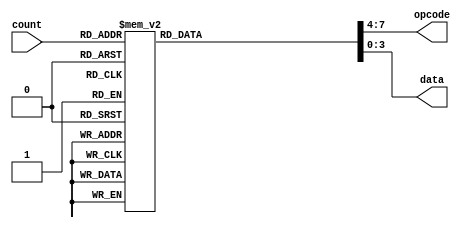
`timescale 1ns / 1ps
//////////////////////////////////////////////////////////////////////////////////
// 
// Module Name: Program_ROM
// Project Name: ECEN 160L CPU
// Tool Versions: 
// Description: A ROM containing the program in machine code for the CPU designed
//              in ECEN 160L
//
// Revision: 1.00
// Revision 1.00 - Program completed
// Revision 0.01 - File Created
//////////////////////////////////////////////////////////////////////////////////


module Program_ROM( input [6:0] count, output [3:0] opcode, data );
    
    reg [7:0] operation;
    
    assign {opcode, data} = operation;
    
    always @ (*) begin
        case (count)
              0: operation <= 8'h14;
              1: operation <= 8'h28;
              2: operation <= 8'h30;
              3: operation <= 8'h29;
              4: operation <= 8'h30;
              5: operation <= 8'h12;
              6: operation <= 8'h2c;
              7: operation <= 8'h30;
              8: operation <= 8'h20;
              9: operation <= 8'h30;
             10: operation <= 8'h14;
             11: operation <= 8'h22;
             12: operation <= 8'h30;
             13: operation <= 8'h2a;
             14: operation <= 8'h30;
             15: operation <= 8'h12;
             16: operation <= 8'h20;
             17: operation <= 8'h30;
             18: operation <= 8'h13;
             19: operation <= 8'h23;
             20: operation <= 8'h30;
             21: operation <= 8'h12;
             22: operation <= 8'h2b;
             23: operation <= 8'h30;
             24: operation <= 8'h13;
             25: operation <= 8'h24;
             26: operation <= 8'h30;
             27: operation <= 8'h2d;
             28: operation <= 8'h30;
             29: operation <= 8'h24;
             30: operation <= 8'h60;
             31: operation <= 8'h50;
             32: operation <= 8'h30;
             33: operation <= 8'h12;
             34: operation <= 8'h20;
             35: operation <= 8'h30;
             36: operation <= 8'h13;
             37: operation <= 8'h23;
             38: operation <= 8'h30;
             39: operation <= 8'h12;
             40: operation <= 8'h2a;
             41: operation <= 8'h30;
             42: operation <= 8'h13;
             43: operation <= 8'h23;
             44: operation <= 8'h30;
             45: operation <= 8'h2d;
             46: operation <= 8'h30;
             47: operation <= 8'h23;
             48: operation <= 8'h60;
             49: operation <= 8'h50;
             50: operation <= 8'h60;
             51: operation <= 8'h50;
             52: operation <= 8'h30;
             53: operation <= 8'h12;
             54: operation <= 8'h20;
             55: operation <= 8'h30;
             56: operation <= 8'h13;
             57: operation <= 8'h24;
             58: operation <= 8'h30;
             59: operation <= 8'h12;
             60: operation <= 8'h2d;
             61: operation <= 8'h30;
             62: operation <= 8'h13;
             63: operation <= 8'h23;
             64: operation <= 8'h30;
             65: operation <= 8'h2d;
             66: operation <= 8'h30;
             
             67: operation <= 8'h2f;
             68: operation <= 8'h90;
             69: operation <= 8'h50;
             70: operation <= 8'h11;
             71: operation <= 8'h60;
             72: operation <= 8'h50;
             73: operation <= 8'h14;
             74: operation <= 8'h60;
             75: operation <= 8'h50;
             76: operation <= 8'h13;
             77: operation <= 8'h30;
             
             78: operation <= 8'h00;
             79: operation <= 8'h00;
             80: operation <= 8'h00;
             81: operation <= 8'h00;
             82: operation <= 8'h00;
             83: operation <= 8'h00;
             84: operation <= 8'h00;
             85: operation <= 8'h00;
             86: operation <= 8'h00;
             87: operation <= 8'h00;
             88: operation <= 8'h00;
             89: operation <= 8'h00;
             90: operation <= 8'h00;
             91: operation <= 8'h00;
             92: operation <= 8'h00;
             93: operation <= 8'h00;
             94: operation <= 8'h00;
             95: operation <= 8'h00;
             96: operation <= 8'h00;
             97: operation <= 8'h00;
             98: operation <= 8'h00;
             99: operation <= 8'h00;
            100: operation <= 8'h00;
            101: operation <= 8'h00;
            102: operation <= 8'h00;
            103: operation <= 8'h00;
            104: operation <= 8'h00;
            105: operation <= 8'h00;
            106: operation <= 8'h00;
            107: operation <= 8'h00;
            108: operation <= 8'h00;
            109: operation <= 8'h00;
            110: operation <= 8'h00;
            111: operation <= 8'h00;
            112: operation <= 8'h00;
            113: operation <= 8'h00;
            114: operation <= 8'h00;
            115: operation <= 8'h00;
            116: operation <= 8'h00;
            117: operation <= 8'h00;
            118: operation <= 8'h00;
            119: operation <= 8'h00;
            120: operation <= 8'h00;
            121: operation <= 8'h00;      
            122: operation <= 8'h00;
            123: operation <= 8'h00;
            124: operation <= 8'h00;
            125: operation <= 8'h00;
            126: operation <= 8'h00;
            127: operation <= 8'h00;
            default operation <= 8'h00;
        endcase
    end
    
endmodule